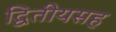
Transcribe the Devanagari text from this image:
द्वितीयसह